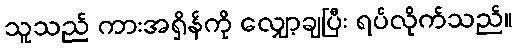
သူသည် ကားအရှိန်ကို လျှော့ချပြီး ရပ်လိုက်သည်။